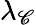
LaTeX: \lambda_{\mathscr{C}}